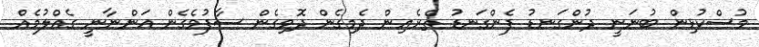
މުސްކުޅިން ބުނަނީ ދުންގަނޑު ފެންގަނޑު ތެރެއިން ދެމިގެން ދޮވިގެން ސާފުވެގެން އަންނާނީ ގެއްލުމެއް